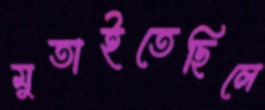
মুতাইতেছিলে